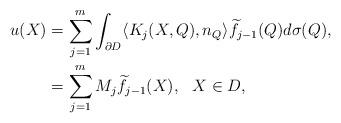
LaTeX: \begin{align*}u(X)&=\sum_{j=1}^{m}\int_{\partial D}\langle K_{j}(X, Q),n_{Q}\rangle \widetilde{f}_{j-1}(Q)d\sigma(Q),\\&=\sum_{j=1}^{m}M_{j}\widetilde{f}_{j-1}(X),\,\,\,\, X\in D,\end{align*}